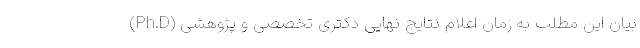
بیان این مطلب به زمان اعلام نتایج نهایی دکتری تخصصی و پژوهشی (Ph.D)